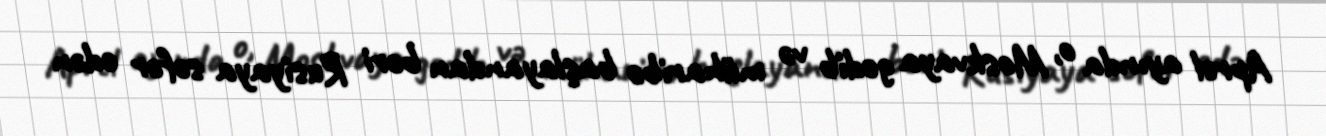
Aprel ayında o, Moskvaya gedib və müharibə başlayandan bəri Rusiyaya səfər edən